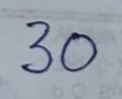
30